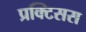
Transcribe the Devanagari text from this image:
प्रक्टिसस